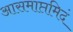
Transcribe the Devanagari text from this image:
आसमाप्तमिदं